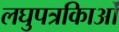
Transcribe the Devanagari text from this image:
लघुपत्रकिाओं